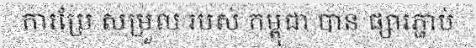
ការប្រែ សម្រួល របស់ កម្ពុជា បាន ផ្សារភ្ជាប់